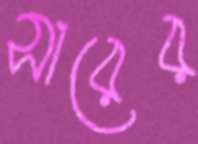
সারের